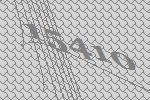
15410